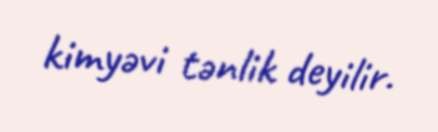
kimyəvi tənlik deyilir.